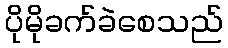
ပိုမိုခက်ခဲစေသည်